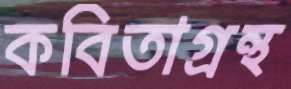
কবিতাগ্রন্থ